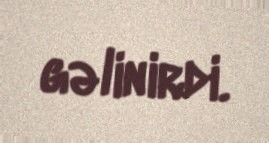
gəlinirdi.